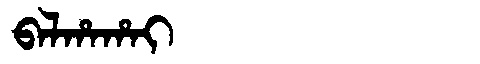
Manchu: ᠪᠠᠯᡥᠠᡥᠠᡳ
Romanization: BALHAHAI